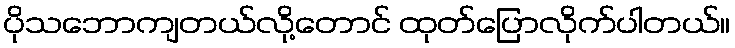
ပိုသဘောကျတယ်လို့တောင် ထုတ်ပြောလိုက်ပါတယ်။